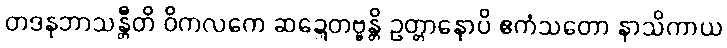
တဒနုဘာသန္တီတိ ဝိကလကေ ဆဍ္ဍေတဗ္ဗန္တိ ဥတ္တာနောပိ ဧကံသတော နာသိကာယ